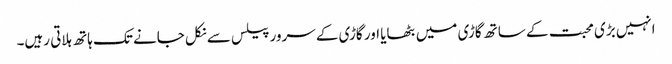
انہیں بڑی محبت کے ساتھ گاڑی میں بٹھایا اور گاڑی کے سرور پیلس سے نکل جانے تک ہاتھ ہلاتی رہیں۔